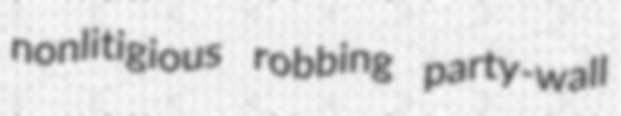
nonlitigious robbing party-wall